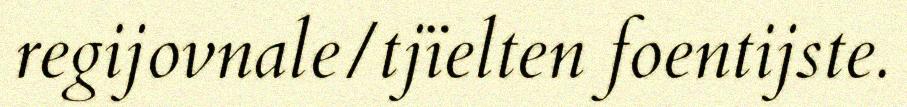
regijovnale/tjïelten foentijste.